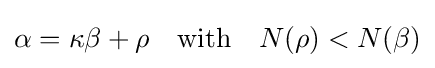
\alpha =\kappa \beta +\rho \ \ {\text{  with  }}\ \ N(\rho )<N(\beta )